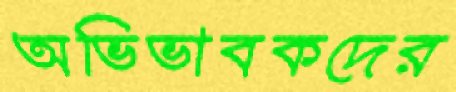
অভিভাবকদের